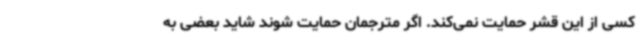
کسی از این قشر حمایت نمی‌کند. اگر مترجمان حمایت شوند شاید بعضی به